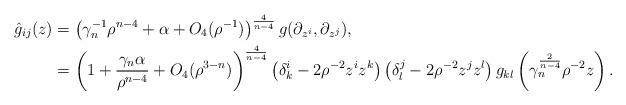
LaTeX: \begin{align*}\hat{g}_{ij}(z)&=\left( \gamma^{-1}_n\rho^{n-4} + \alpha +O_4(\rho^{-1}) \right)^{\frac{4}{n-4}}g(\partial_{z^i},\partial_{z^j}),\\&= \left( 1 + \frac{\gamma_n\alpha}{\rho^{n-4}} + O_4(\rho^{3-n}) \right)^{\frac{4}{n-4}}\left(\delta^i_k - 2\rho^{-2}z^iz^k \right)\left(\delta^j_l - 2\rho^{-2}z^jz^l \right)g_{kl}\left(\gamma_n^{\frac{2}{n-4}}\rho^{-2}z\right).\end{align*}